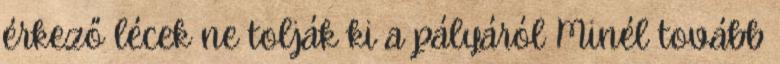
érkező lécek ne tolják ki a pályáról Minél tovább